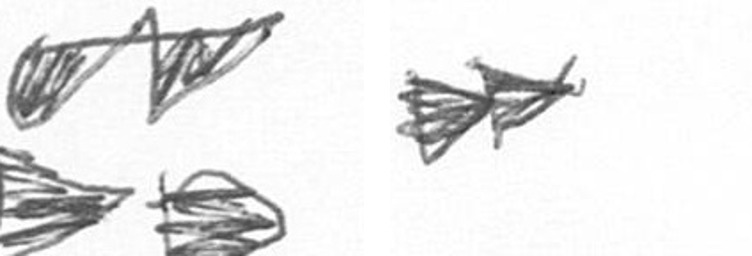
B A